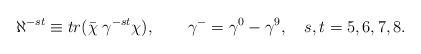
LaTeX: \begin{align*}\aleph^{- st} \equiv tr(\bar \chi \; \gamma^{-st} \chi) , \qquad\gamma^{-} = \gamma^0 - \gamma^{9}, \quad s,t=5,6,7,8.\end{align*}